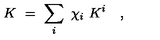
K \ = \ \sum _ { i } \ \chi _ { i } \ K ^ { i } \quad ,